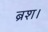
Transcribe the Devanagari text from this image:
ब्रश।